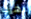
نهرب